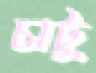
চাটু